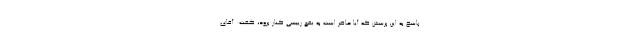
پاسخ به این پرسش که آیا حاضر است به نفع رییسی کنار برود، گفت: آقای